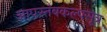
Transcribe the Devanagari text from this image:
आपस्तंबकल्पसूत्र